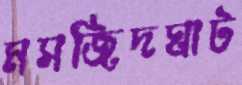
মসজিদঘাট